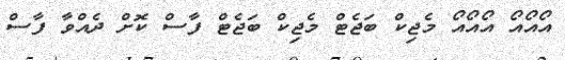
އޯއޯއޯ އޯއޯއޯ މެޖިކް ބަޖެޓް މެޖިކް ބަޖެޓް ފާސް ކޮށް ދެއްވާ ފާސް